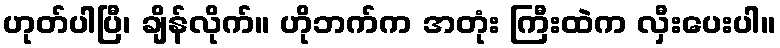
ဟုတ်ပါပြီ၊ ချိန်လိုက်။ ဟိုဘက်က အတုံး ကြီးထဲက လှီးပေးပါ။